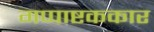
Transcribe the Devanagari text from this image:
गप्पाष्टककार